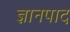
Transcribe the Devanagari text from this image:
ज्ञानपाद